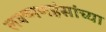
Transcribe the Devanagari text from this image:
लक्ष्मणहंसांच्या